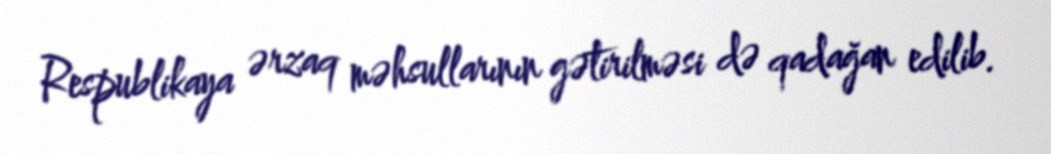
Respublikaya ərzaq məhsullarının gətirilməsi də qadağan edilib.